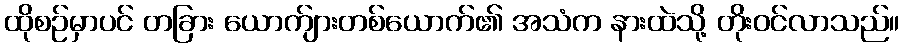
ထိုစဉ်မှာပင် တခြား ယောက်ျားတစ်ယောက်၏ အသံက နားထဲသို့ တိုးဝင်လာသည်။